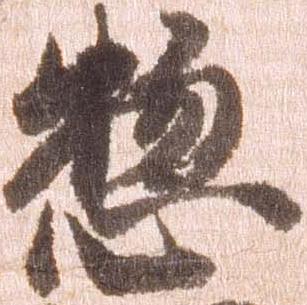
惣